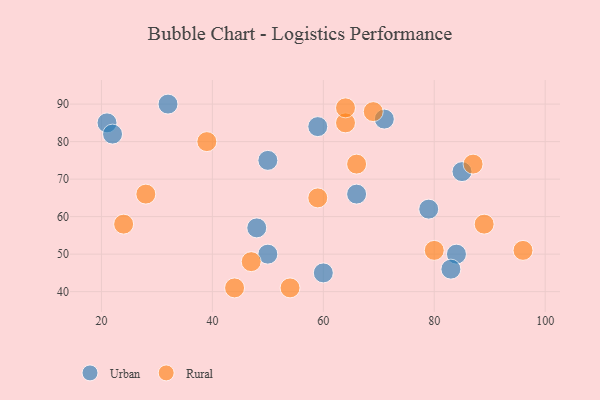
{"axis": {"x": "GDP", "y": "Life Expectancy"}, "legend": ["Rural", "Urban"], "data": [{"x": "21", "y": 85, "type": "Urban"}, {"x": "50", "y": 50, "type": "Urban"}, {"x": "71", "y": 86, "type": "Urban"}, {"x": "79", "y": 62, "type": "Urban"}, {"x": "85", "y": 72, "type": "Urban"}, {"x": "66", "y": 66, "type": "Urban"}, {"x": "50", "y": 75, "type": "Urban"}, {"x": "48", "y": 57, "type": "Urban"}, {"x": "22", "y": 82, "type": "Urban"}, {"x": "60", "y": 45, "type": "Urban"}, {"x": "84", "y": 50, "type": "Urban"}, {"x": "32", "y": 90, "type": "Urban"}, {"x": "59", "y": 84, "type": "Urban"}, {"x": "83", "y": 46, "type": "Urban"}, {"x": "89", "y": 58, "type": "Rural"}, {"x": "24", "y": 58, "type": "Rural"}, {"x": "66", "y": 74, "type": "Rural"}, {"x": "64", "y": 85, "type": "Rural"}, {"x": "47", "y": 48, "type": "Rural"}, {"x": "69", "y": 88, "type": "Rural"}, {"x": "80", "y": 51, "type": "Rural"}, {"x": "96", "y": 51, "type": "Rural"}, {"x": "44", "y": 41, "type": "Rural"}, {"x": "59", "y": 65, "type": "Rural"}, {"x": "87", "y": 74, "type": "Rural"}, {"x": "64", "y": 89, "type": "Rural"}, {"x": "39", "y": 80, "type": "Rural"}, {"x": "28", "y": 66, "type": "Rural"}, {"x": "54", "y": 41, "type": "Rural"}]}